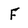
Character: F